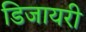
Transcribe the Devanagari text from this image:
डिजायरी